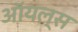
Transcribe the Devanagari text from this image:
ऑयल्स